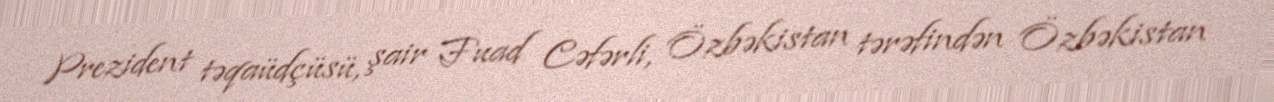
Prezident təqaüdçüsü, şair Fuad Cəfərli, Özbəkistan tərəfindən Özbəkistan